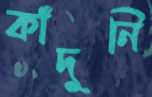
কাঁদুনি